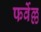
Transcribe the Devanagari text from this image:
फर्वेल्ल